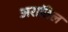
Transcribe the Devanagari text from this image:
अरातिल